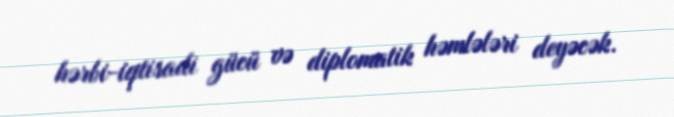
hərbi-iqtisadi gücü və diplomatik həmlələri deyəcək.